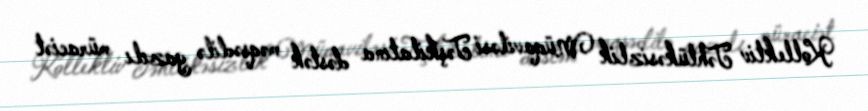
Kollektiv Təhlükəsizlik Müqaviləsi Təşkilatına dəstək məqsədilə yazılı müraciət